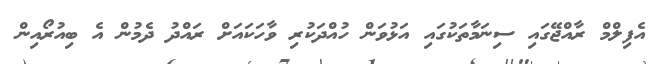
އެފިލްމް ރާއްޖޭގައި ސިނަމާތަކުގައި އަޅުވަން ހުއްދަކުރި ވާހަކައަށް ރައްދު ދެމުން އެ ބިއުރޯއިން